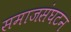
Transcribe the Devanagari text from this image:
समाजसंघटन